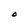
Character: O